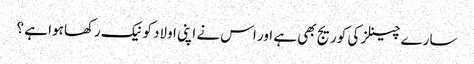
سارے چینلز کی کوریج بھی ہے اور اس نے اپنی اولاد کو نیک رکھا ہوا ہے ؟